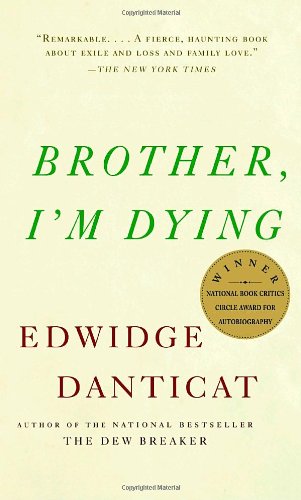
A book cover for Brother, I'm Dying (Vintage Contemporaries); Edwidge Danticat; Biographies & Memoirs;